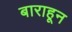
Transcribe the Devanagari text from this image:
बाराहून